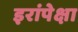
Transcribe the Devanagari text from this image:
इरांपेक्षा